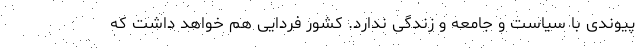
پیوندی با سیاست و جامعه و زندگی ندارد. کشور فردایی هم خواهد داشت که